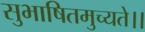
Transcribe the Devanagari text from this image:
सुभाषितमुच्यते।।